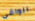
الواقي